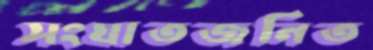
সংঘাতজনিত